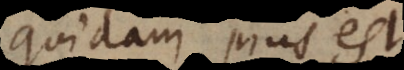
Quidam pius est